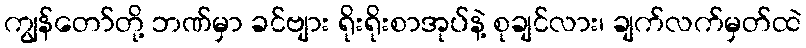
ကျွန်တော်တို့ ဘဏ်မှာ ခင်ဗျား ရိုးရိုးစာအုပ်နဲ့ စုချင်လား၊ ချက်လက်မှတ်ထဲ